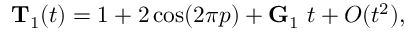
{ \bf T } _ { 1 } ( t ) = 1 + 2 \cos ( 2 \pi p ) + { \bf G } _ { 1 } \ t + O ( t ^ { 2 } ) ,